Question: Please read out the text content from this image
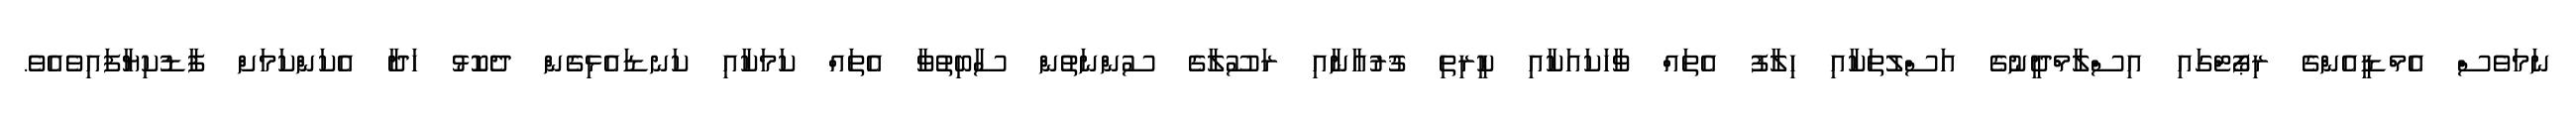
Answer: ނަމަވެސް އެމްޑީއެންގެ ރިޕޯޓްގައި އިސްލާމްދީނުގެ އަސްލުތަކާއި ހިލާފު އެތައް ވާހަކައަކާއި ކީރިތި ޤުރުއާނާއި ރަސޫލާގެ ސުންނަތުން ސާބިތުވާ އެތައް ކަމަކާއި ކަނޑައެޅިގެން ދެކޮޅު ހަދާ އެކަންކަމަށް ފާޑުކިޔާފައިވެއެވެ.